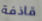
قاذفة